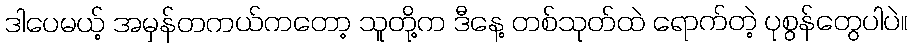
ဒါပေမယ့် အမှန်တကယ်ကတော့ သူတို့က ဒီနေ့ တစ်သုတ်ထဲ ရောက်တဲ့ ပုစွန်တွေပါပဲ။